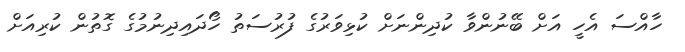
ހާއްސަ އެހީ އަށް ބޭނުންވާ ކުދިންނަށް ކުޅިވަރުގެ ފުރުސަތު ހޯދައިދިނުމުގެ ގޮތުން ކުރިއަށް